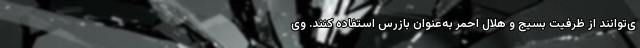
ی‌توانند از ظرفیت بسیج و هلال احمر به‌عنوان بازرس استفاده کنند. وی